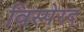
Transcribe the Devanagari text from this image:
विस्पेरद